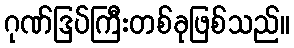
ဂုဏ်ဒြပ်ကြီးတစ်ခုဖြစ်သည်။